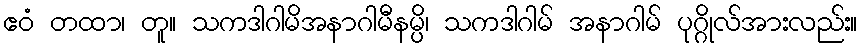
ဧဝံ တထာ၊ တူ။ သကဒါဂါမိအနာဂါမီနမ္ပိ၊ သကဒါဂါမ် အနာဂါမ် ပုဂ္ဂိုလ်အားလည်း။